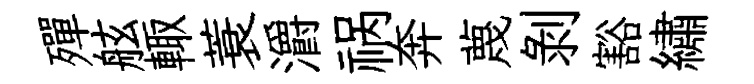
殫舷輙蓑灂祸奔蔑剥豁繡